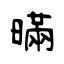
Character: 暪